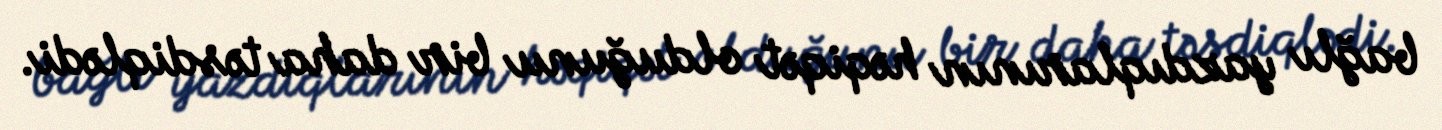
bağlı yazdıqlarının həqiqət olduğunu bir daha təsdiqlədi.